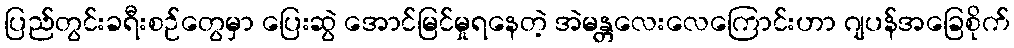
ပြည်တွင်းခရီးစဉ်တွေမှာ ပြေးဆွဲ အောင်မြင်မှုရနေတဲ့ အဲမန္တလေးလေကြောင်းဟာ ဂျပန်အခြေစိုက်